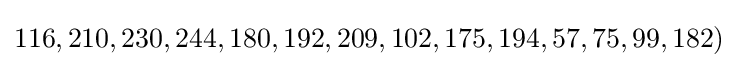
116,210,230,244,180,192,209,102,175,194,57,75,99,182)